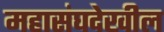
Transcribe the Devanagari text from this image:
महासंघदेखील